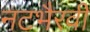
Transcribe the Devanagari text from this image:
नटभैरवी